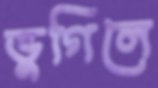
ভুগিলে